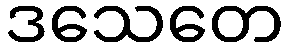
ဒသေတေ